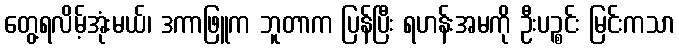
တွေ့ရလိမ့်အုံးမယ်၊ ဒကာဖြူက ဘူတာက ပြန်ပြီး ရဟန်းအမကို ဦးပဉ္စင်း မြင်းကသာ